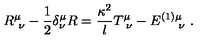
R _ { \ \nu } ^ { \mu } - { \frac { 1 } { 2 } } \delta _ { \nu } ^ { \mu } R = { \frac { \kappa ^ { 2 } } { l } } T _ { \ \nu } ^ { \mu } - E _ { \quad \ \nu } ^ { ( 1 ) \mu } \ .